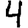
Digit: 4